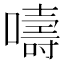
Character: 嚋